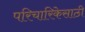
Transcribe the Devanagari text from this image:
परिचारिकेसाठी